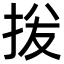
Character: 𫼦